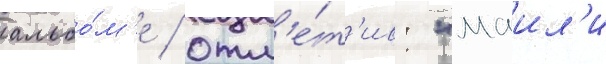
альбо́м'е / отм'е́т'ив: "маил'и